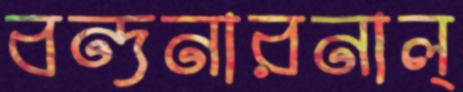
বন্দনারনাল্